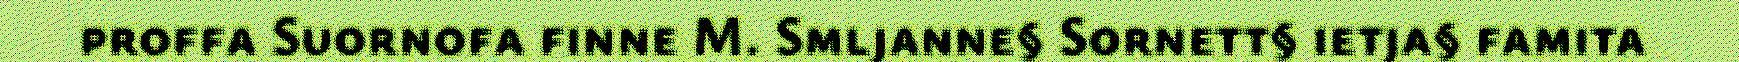
proffa Suornofa finne M. Smljanne§ Sornett§ ietja§ famita